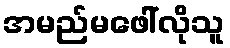
အမည်မဖေါ်လိုသူ